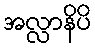
အလ္လာနိပိ